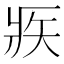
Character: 𤕺